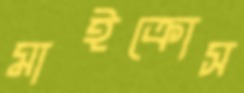
মাইক্রোস